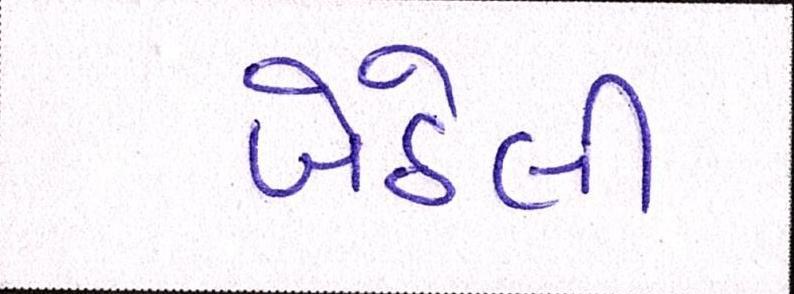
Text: બેઠેલી